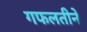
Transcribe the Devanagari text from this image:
गफलतीने